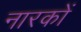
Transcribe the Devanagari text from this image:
नारकों